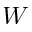
W